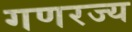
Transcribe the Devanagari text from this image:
गणरज्य